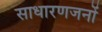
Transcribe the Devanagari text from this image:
साधारणजनों